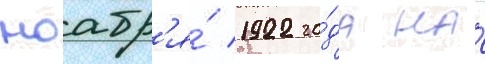
ноабр'я́ 1922 го́да на́